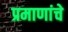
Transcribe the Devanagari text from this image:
प्रमाणांचे